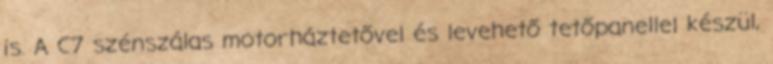
is. A C7 szénszálas motorháztetővel és levehető tetőpanellel készül,